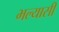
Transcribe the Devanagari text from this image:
भल्यासी